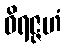
ဝိရဇ္ဇဟံ